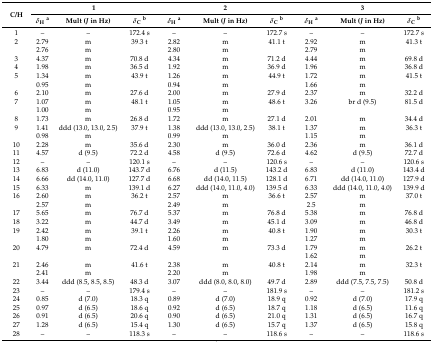
<table><thead><tr><td rowspan="2"><b>C/H</b></td><td colspan="3"><b>1</b></td><td colspan="3"><b>2</b></td><td colspan="3"><b>3</b></td></tr><tr><td><b><i>δ</i><sub>H</sub><sup>a</sup></b></td><td><b>Mult (<i>J</i> in Hz)</b></td><td><b><i>δ</i><sub>C</sub><sup>b</sup></b></td><td><b><i>δ</i><sub>H</sub><sup>a</sup></b></td><td><b>Mult (<i>J</i> in Hz)</b></td><td><b><i>δ</i><sub>C</sub><sup>b</sup></b></td><td><b><i>δ</i><sub>H</sub><sup>a</sup></b></td><td><b>Mult (<i>J</i> in Hz)</b></td><td><b><i>δ</i><sub>C</sub><sup>b</sup></b></td></tr></thead><tbody><tr><td>1</td><td>–</td><td>–</td><td>172.4 s</td><td>–</td><td>–</td><td>172.7 s</td><td>–</td><td>–</td><td>172.7 s</td></tr><tr><td>2</td><td>2.79</td><td>m</td><td>39.3 t</td><td>2.82</td><td>m</td><td>41.1 t</td><td>2.92</td><td>m</td><td>41.3 t</td></tr><tr><td></td><td>2.76</td><td>m</td><td></td><td>2.80</td><td>m</td><td></td><td>2.79</td><td>m</td><td></td></tr><tr><td>3</td><td>4.37</td><td>m</td><td>70.8 d</td><td>4.34</td><td>m</td><td>71.2 d</td><td>4.44</td><td>m</td><td>69.8 d</td></tr><tr><td>4</td><td>1.98</td><td>m</td><td>36.5 d</td><td>1.92</td><td>m</td><td>36.9 d</td><td>1.96</td><td>m</td><td>36.8 d</td></tr><tr><td>5</td><td>1.34</td><td>m</td><td>43.9 t</td><td>1.26</td><td>m</td><td>44.9 t</td><td>1.72</td><td>m</td><td>41.5 t</td></tr><tr><td></td><td>0.95</td><td>m</td><td></td><td>0.94</td><td>m</td><td></td><td>1.66</td><td>m</td><td></td></tr><tr><td>6</td><td>2.10</td><td>m</td><td>27.6 d</td><td>2.00</td><td>m</td><td>27.9 d</td><td>2.37</td><td>m</td><td>32.2 d</td></tr><tr><td>7</td><td>1.07</td><td>m</td><td>48.1 t</td><td>1.05</td><td>m</td><td>48.6 t</td><td>3.26</td><td>br d (9.5)</td><td>81.5 d</td></tr><tr><td></td><td>1.00</td><td>m</td><td></td><td>0.95</td><td>m</td><td></td><td></td><td></td><td></td></tr><tr><td>8</td><td>1.73</td><td>m</td><td>26.8 d</td><td>1.72</td><td>m</td><td>27.1 d</td><td>2.01</td><td>m</td><td>34.4 d</td></tr><tr><td>9</td><td>1.41</td><td>ddd (13.0, 13.0, 2.5)</td><td>37.9 t</td><td>1.38</td><td>ddd (13.0, 13.0, 2.5)</td><td>38.1 t</td><td>1.37</td><td>m</td><td>36.3 t</td></tr><tr><td></td><td>0.98</td><td>m</td><td></td><td>0.99</td><td>m</td><td></td><td>1.15</td><td>m</td><td></td></tr><tr><td>10</td><td>2.28</td><td>m</td><td>35.6 d</td><td>2.30</td><td>m</td><td>36.0 d</td><td>2.36</td><td>m</td><td>36.1 d</td></tr><tr><td>11</td><td>4.57</td><td>d (9.5)</td><td>72.2 d</td><td>4.58</td><td>d (9.5)</td><td>72.6 d</td><td>4.62</td><td>d (9.5)</td><td>72.7 d</td></tr><tr><td>12</td><td>–</td><td>–</td><td>120.1 s</td><td>–</td><td>–</td><td>120.6 s</td><td>–</td><td>–</td><td>120.6 s</td></tr><tr><td>13</td><td>6.83</td><td>d (11.0)</td><td>143.7 d</td><td>6.76</td><td>d (11.5)</td><td>143.2 d</td><td>6.83</td><td>d (11.0)</td><td>143.4 d</td></tr><tr><td>14</td><td>6.66</td><td>dd (14.0, 11.0)</td><td>127.7 d</td><td>6.68</td><td>dd (14.0, 11.5)</td><td>128.1 d</td><td>6.71</td><td>dd (14.0, 11.0)</td><td>127.9 d</td></tr><tr><td>15</td><td>6.33</td><td>m</td><td>139.1 d</td><td>6.27</td><td>ddd (14.0, 11.0, 4.0)</td><td>139.5 d</td><td>6.33</td><td>ddd (14.0, 11.0, 4.0)</td><td>139.9 d</td></tr><tr><td>16</td><td>2.60</td><td>m</td><td>36.2 t</td><td>2.57</td><td>m</td><td>36.6 t</td><td>2.57</td><td>m</td><td>37.0 t</td></tr><tr><td></td><td>2.57</td><td>m </td><td></td><td>2.49</td><td>m </td><td></td><td>2.5</td><td>m</td><td></td></tr><tr><td>17</td><td>5.65</td><td>m</td><td>76.7 d</td><td>5.37</td><td>m</td><td>76.8 d</td><td>5.38</td><td>m</td><td>76.8 d</td></tr><tr><td>18</td><td>3.22</td><td>m</td><td>44.7 d</td><td>3.49</td><td>m</td><td>45.1 d</td><td>3.09</td><td>m</td><td>46.8 d</td></tr><tr><td>19</td><td>2.42</td><td>m</td><td>39.1 t</td><td>2.26</td><td>m</td><td>40.8 t</td><td>1.90</td><td>m</td><td>30.3 t</td></tr><tr><td></td><td>1.80</td><td>m</td><td></td><td>1.60</td><td>m</td><td></td><td>1.27</td><td>m</td><td></td></tr><tr><td>20</td><td>4.79</td><td>m</td><td>72.4 d</td><td>4.59</td><td>m</td><td>73.3 d</td><td>1.79</td><td>m</td><td>26.2 t</td></tr><tr><td></td><td></td><td></td><td></td><td></td><td></td><td></td><td>1.62</td><td>m</td><td></td></tr><tr><td>21</td><td>2.46</td><td>m</td><td>41.6 t</td><td>2.38</td><td>m</td><td>40.8 t</td><td>2.14</td><td>m</td><td>32.3 t</td></tr><tr><td></td><td>2.41</td><td>m</td><td></td><td>2.20</td><td>m</td><td></td><td>1.98</td><td>m</td><td></td></tr><tr><td>22</td><td>3.44</td><td>ddd (8.5, 8.5, 8.5)</td><td>48.3 d</td><td>3.07</td><td>ddd (8.0, 8.0, 8.0)</td><td>49.7 d</td><td>2.89</td><td>ddd (7.5, 7.5, 7.5)</td><td>50.8 d</td></tr><tr><td>23</td><td>–</td><td>–</td><td>179.4 s</td><td>–</td><td>–</td><td>181.9 s</td><td>–</td><td>–</td><td>181.2 s</td></tr><tr><td>24</td><td>0.85</td><td>d (7.0)</td><td>18.3 q</td><td>0.89</td><td>d (7.0)</td><td>18.9 q</td><td>0.92</td><td>d (7.0)</td><td>17.9 q</td></tr><tr><td>25</td><td>0.97</td><td>d (6.5)</td><td>18.6 q</td><td>0.92</td><td>d (6.5)</td><td>18.7 q</td><td>1.18</td><td>d (6.5)</td><td>11.6 q</td></tr><tr><td>26</td><td>0.91</td><td>d (6.5)</td><td>20.6 q</td><td>0.90</td><td>d (6.5)</td><td>21.0 q</td><td>1.31</td><td>d (6.5)</td><td>16.7 q</td></tr><tr><td>27</td><td>1.28</td><td>d (6.5)</td><td>15.4 q</td><td>1.30</td><td>d (6.5)</td><td>15.7 q</td><td>1.37</td><td>d (6.5)</td><td>15.8 q</td></tr><tr><td>28</td><td>–</td><td>–</td><td>118.3 s</td><td>–</td><td>–</td><td>118.6 s</td><td>–</td><td>–</td><td>118.6 s</td></tr></tbody></table>